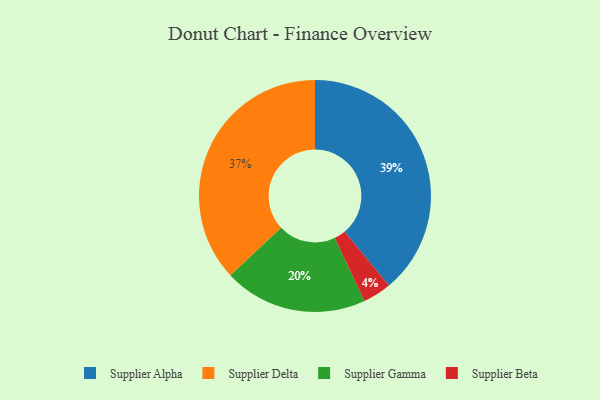
{"axis": {"x": "Category", "y": "Percentage"}, "legend": ["Supplier Alpha", "Supplier Beta", "Supplier Delta", "Supplier Gamma"], "data": [{"x": "Supplier Delta", "y": 37, "type": "Supplier Delta"}, {"x": "Supplier Gamma", "y": 20, "type": "Supplier Gamma"}, {"x": "Supplier Beta", "y": 4, "type": "Supplier Beta"}, {"x": "Supplier Alpha", "y": 39, "type": "Supplier Alpha"}]}